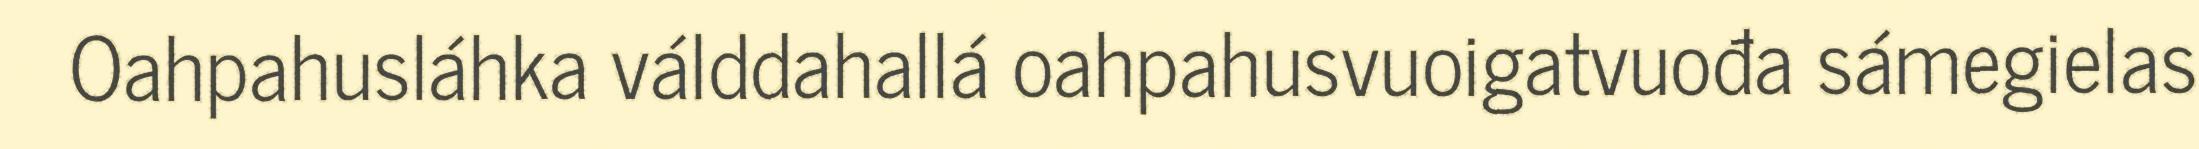
Oahpahusláhka válddahallá oahpahusvuoigatvuođa sámegielas